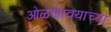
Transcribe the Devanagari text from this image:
ओळखावयाच्या